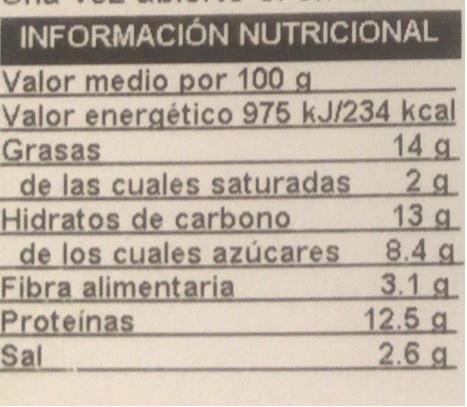
INFORMACIÓN NUTRICIONAL
Valor medio por 100 g Valor energético 975 kJ/234 kcal Grasas de las cuales saturadas Hidratos de carbono de los cuales azúcares Fibra alimentaria Proteinas Sal
14 g 2 g 13 g 8.4 g 3.1 g 12.5 g 2.6 g